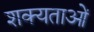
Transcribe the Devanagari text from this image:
शक्यताओं